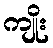
ကျိုး